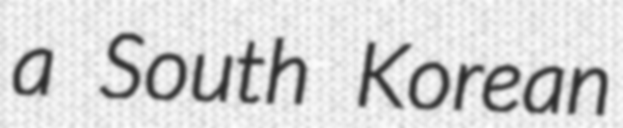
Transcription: a South Korean